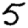
Digit: 5